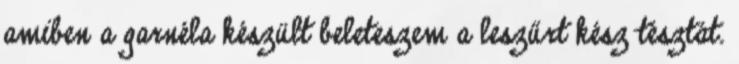
amiben a garnéla készült beleteszem a leszűrt kész tésztát.